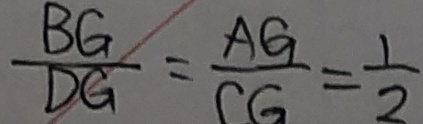
\frac { B G } { D G } = \frac { A G } { C G } = \frac { 1 } { 2 }